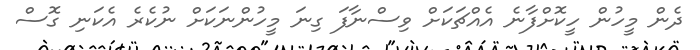
ދެން މީހުން ހީކޮށްފާނެ އެއްޗަކަށް ވިސްނާފަ ގިނަ މީހުންނަކަށް ނުކެރެ އެކަނި ގޮސް